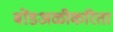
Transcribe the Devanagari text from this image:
बोंडअळीकरिता